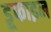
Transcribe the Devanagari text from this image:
डूफाइन